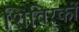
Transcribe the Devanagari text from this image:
शिविरकों